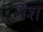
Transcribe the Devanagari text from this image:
ग्रेश